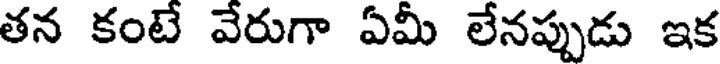
తన కంటే వేరుగా ఏమీ లేనప్పుడు ఇక